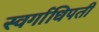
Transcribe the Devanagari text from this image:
स्वर्गाधिपती